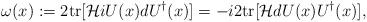
LaTeX: \begin{align*}\omega(x) := 2{\rm tr}[{\cal H} i U(x) d U^\dagger(x)] = - i2{\rm tr}[{\cal H}dU(x)U^\dagger(x)] ,\end{align*}